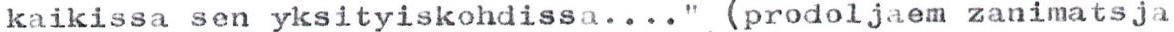
kaikissa sen yksityiskohdissa...." (prodoljaem zanimatsja